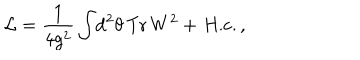
LaTeX: { \cal L } = \frac { 1 } { 4 g ^ { 2 } } \int \! \mathrm { d } ^ { 2 } \theta \, \mathrm { T r } \, W ^ { 2 } + \, \mathrm { H . c . } \, ,